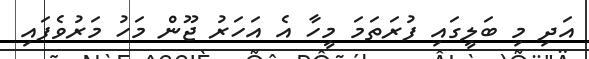
އަދި މި ބަލީގައި ފުރަތަމަ މީހާ އެ އަހަރު ޖޫން މަހު މަރުވެފައި